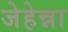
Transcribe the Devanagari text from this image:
जेहेन्ना